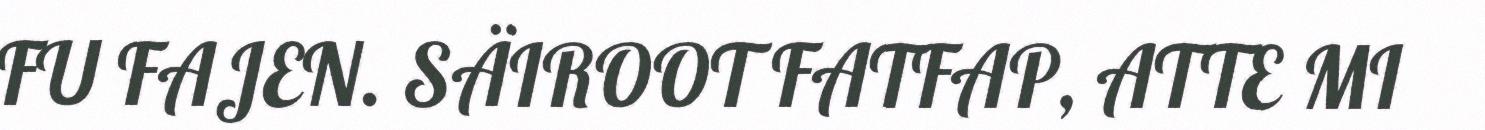
FU FAJEN. SÄIROOT FATFAP, ATTE MI